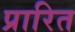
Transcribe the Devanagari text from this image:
प्रारित